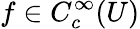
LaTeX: f\in C_{c}^{\infty}(U)